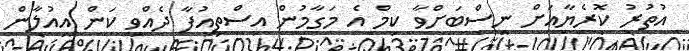
އުތުރު ކޮރެޔާއަށް ނިސްބަށްވާ ކިމް އެ މަގާމުން އިސްތިއުފާ ދެއްވި ކަން އިއުލާން